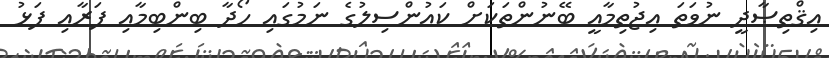
އިޤްތިޞާދީ ނުވަތަ އިޖުތިމާޢީ ބޭނުންތަކަށް ކައުންސިލުގެ ނަމުގައި ހޯދާ ބިންބިމާއި ފަރާއި ފަޅު